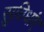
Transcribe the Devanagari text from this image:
सुविधांए